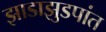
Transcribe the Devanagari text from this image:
झाडाझुडपांत